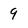
Character: 9